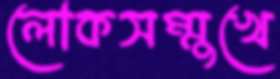
লোকসম্মুখে